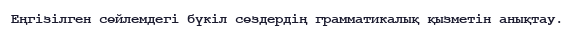
Еңгізілген сөйлемдегі бүкіл сөздердің грамматикалық қызметін анықтау.